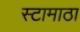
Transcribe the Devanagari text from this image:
स्टामाठा